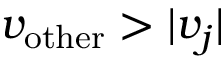
v _ { \mathrm { o t h e r } } > | v _ { j } |